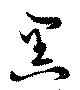
黒